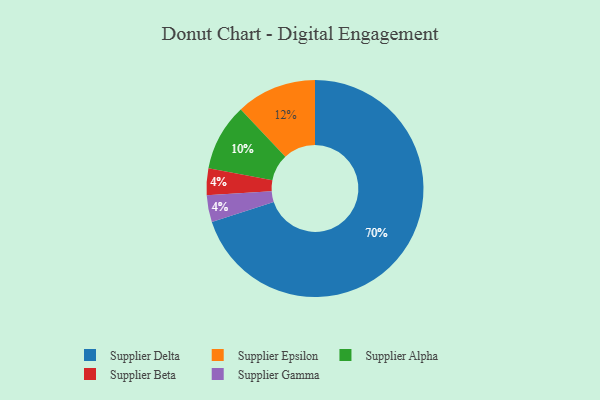
{"axis": {"x": "Category", "y": "Percentage"}, "legend": ["Supplier Alpha", "Supplier Beta", "Supplier Delta", "Supplier Epsilon", "Supplier Gamma"], "data": [{"x": "Supplier Alpha", "y": 10, "type": "Supplier Alpha"}, {"x": "Supplier Beta", "y": 4, "type": "Supplier Beta"}, {"x": "Supplier Gamma", "y": 4, "type": "Supplier Gamma"}, {"x": "Supplier Delta", "y": 70, "type": "Supplier Delta"}, {"x": "Supplier Epsilon", "y": 12, "type": "Supplier Epsilon"}]}